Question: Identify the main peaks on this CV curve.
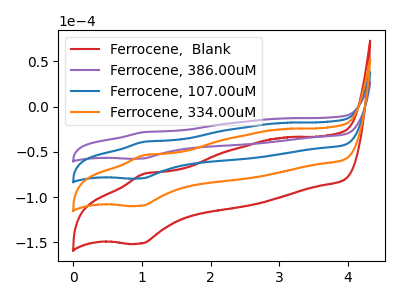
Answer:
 <answer>The red curve "Ferrocene,  Blank" has an anodic peak at (1.00V, -116.85uA) and a cathodic peak at (1.00V, -237.90uA). The purple curve "Ferrocene, 386.00uM" has an anodic peak at (1.00V, -28.20uA) and a cathodic peak at (1.00V, -57.40uA). The blue curve "Ferrocene, 107.00uM" has an anodic peak at (1.00V, -38.95uA) and a cathodic peak at (1.00V, -79.30uA). The orange curve "Ferrocene, 334.00uM" has an anodic peak at (1.00V, -77.90uA) and a cathodic peak at (1.00V, -158.60uA).</answer>
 <eval></eval>